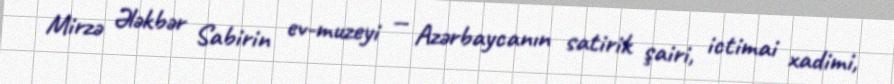
Mirzə Ələkbər Sabirin ev-muzeyi — Azərbaycanın satirik şairi, ictimai xadimi,